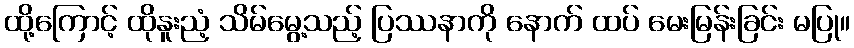
ထို့ကြောင့် ထိုနူးညံ့ သိမ်မွေ့သည့် ပြဿနာကို နောက် ထပ် မေးမြန်းခြင်း မပြု။